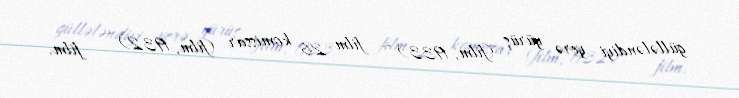
güllələndiyi yerə yürüş (film, 1933) — film 26 komissar (film, 1932) — film.